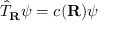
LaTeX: { \hat { T } } _ { \mathbf { R } } \psi = c ( \mathbf { R } ) \psi